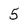
Character: 5